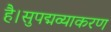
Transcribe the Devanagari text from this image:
है।सुपद्मव्याकरण